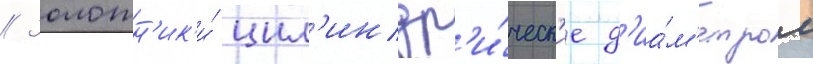
// Золотн'ик'и́ цил'индр'и́ческ'ие д'иа́м'етром